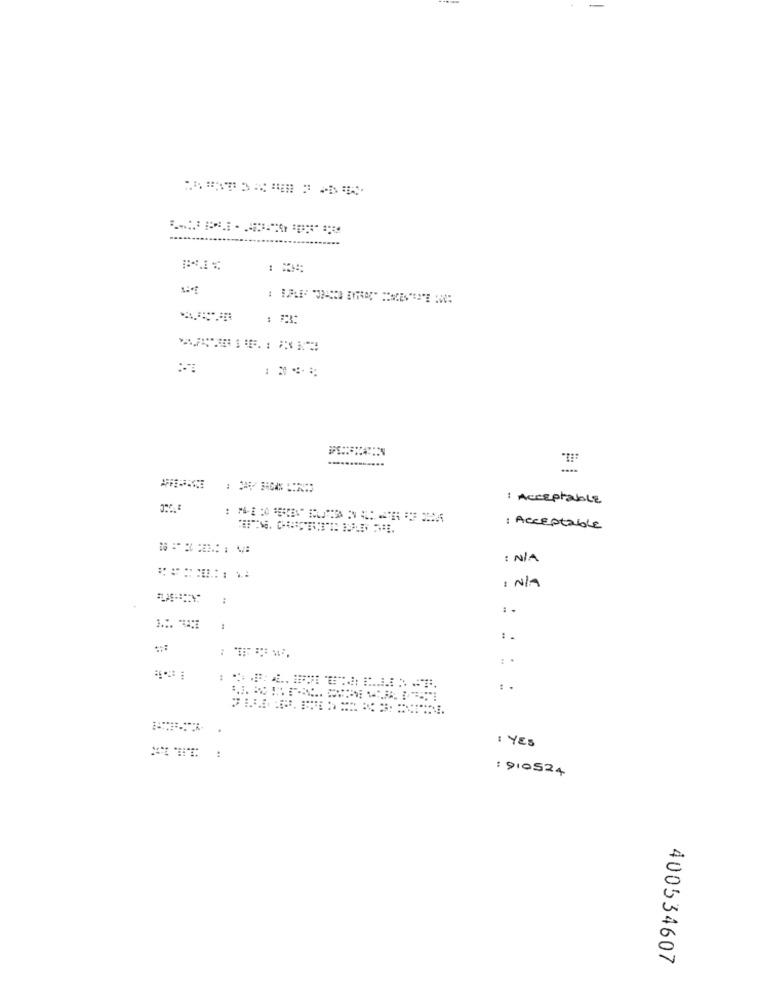
-
:il.
: Acceptable
1 Acceptable
: N/A
1 N/A
:
: .
:.
: YES
: 910524
400534607